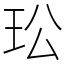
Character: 玜